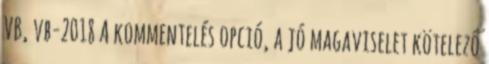
VB, vb-2018 A kommentelés opció, a jó magaviselet kötelező